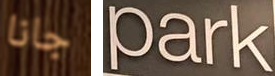
جانا Park